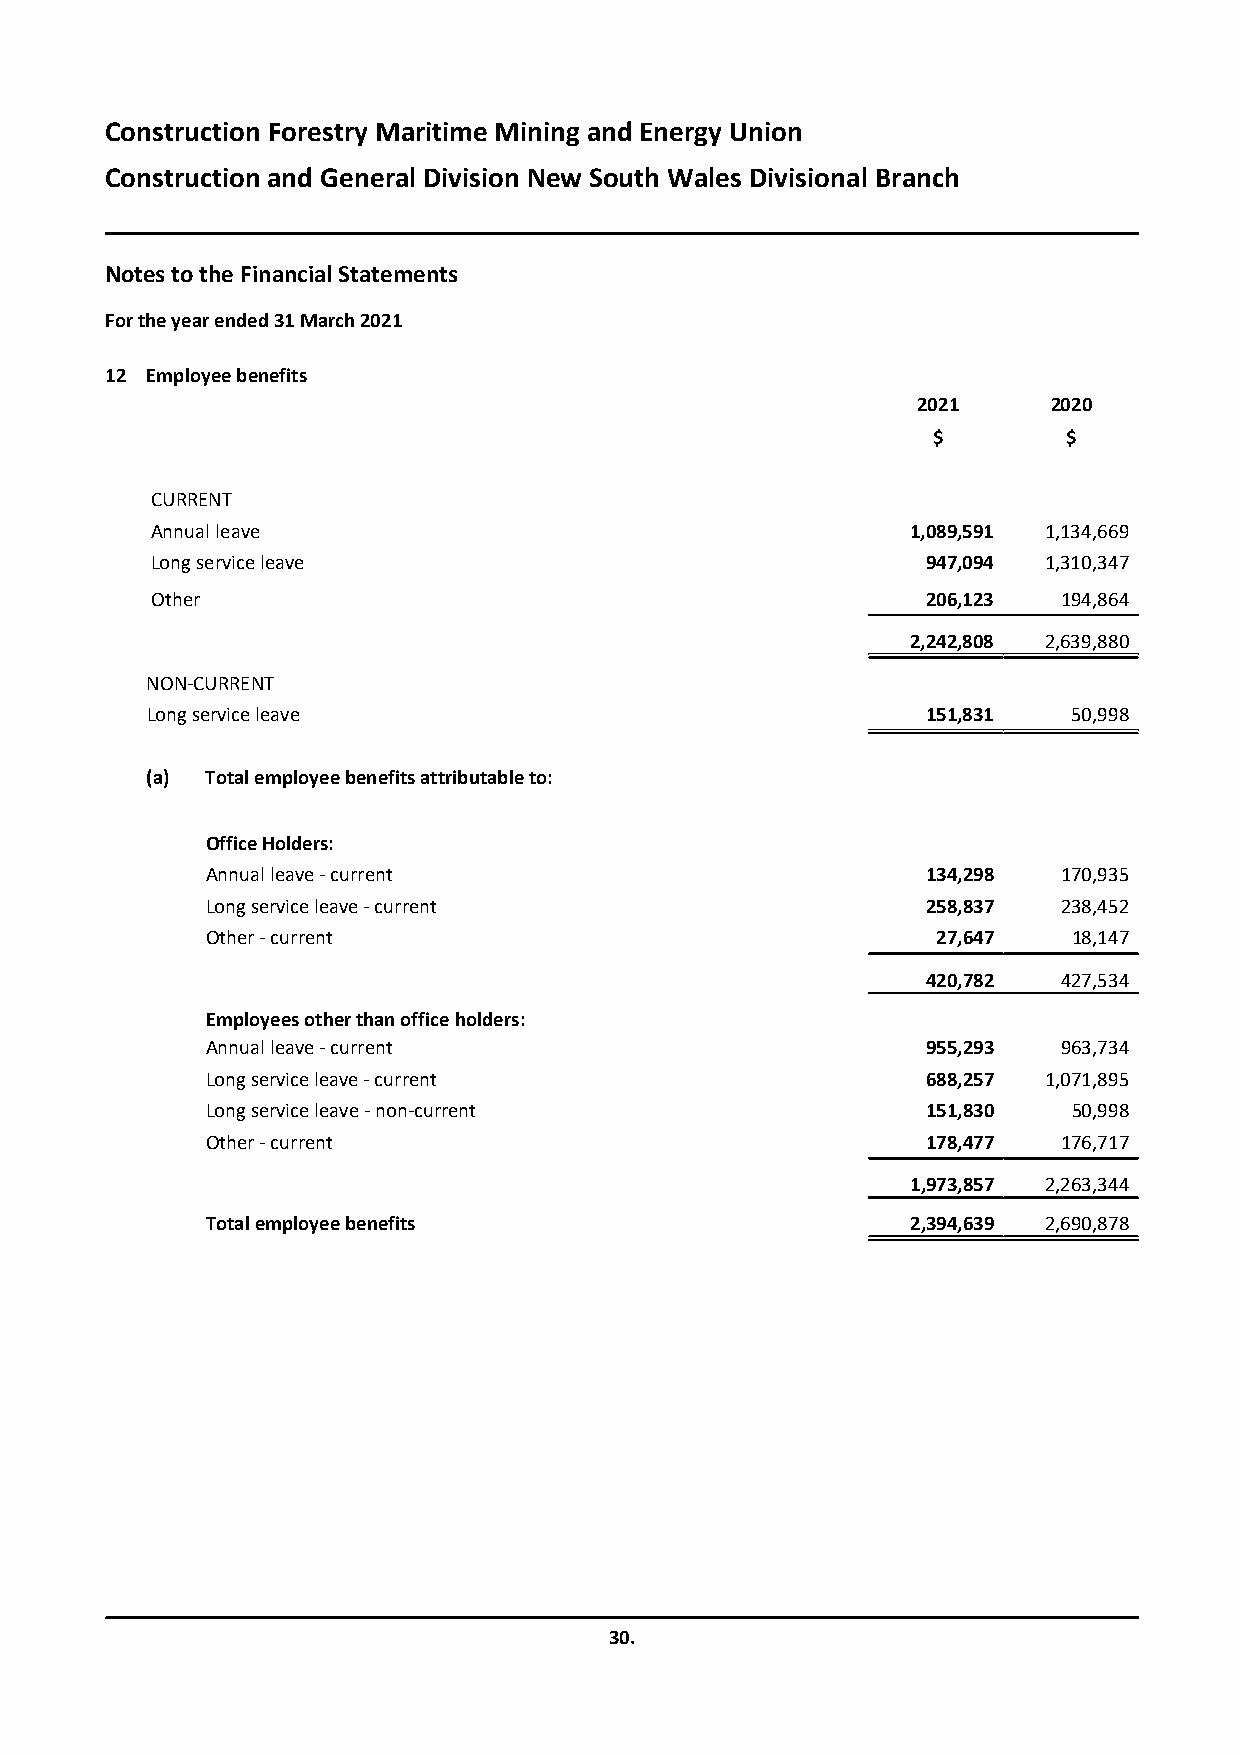
Construction Forestry Maritime Mining and Energy Union
 Construction and General Division New South Wales Divisional Branch
 Notes to the Financial Statements
 For the year ended31 March 2021
 12 Employee benefits
 2021     2020
 $        $
 CURRENT
 Annual leave                                      1,089,591 1,134,669
 Long service leave                                 947,094 1,310,347
 Other                                              206,123  194,864
 2,242,808 2,639,880
 NON-CURRENT
 Long service leave                                 151,831   50,998
 (a) Total employee benefits attributable to:
 Office Holders:
 Annual leave - current                         134,298  170,935
 Long service leave - current                   258,837  238,452
 Other - current                                 27,647   18,147
 420,782  427,534
 Employees other than office holders:
 Annual leave - current                         955,293  963,734
 Long service leave - current                   688,257 1,071,895
 Long service leave - non-current               151,830   50,998
 Other - current                                178,477  176,717
 1,973,857 2,263,344
 Total employee benefits                       2,394,639 2,690,878
 30.